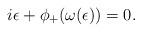
LaTeX: \begin{gather*}i\epsilon+\phi_+(\omega(\epsilon))=0.\end{gather*}